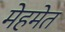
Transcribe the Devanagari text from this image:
मेहमेत